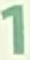
1